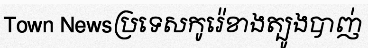
Town Newsប្រទេសកូរ៉េខាងត្បូងបាញ់